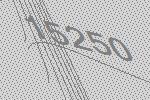
15250